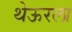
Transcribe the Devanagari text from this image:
थेऊरला